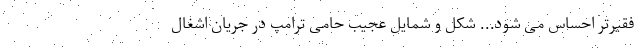
فقیرتر احساس می شود... شکل و شمایل عجیب حامی ترامپ در جریان اشغال